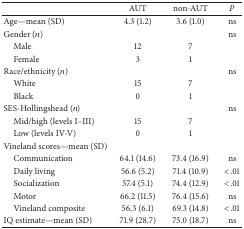
|  | AUT | non-AUT | P |
 | --- | --- | --- | --- |
 | Age—mean (SD) | 4.3 (1.2) | 3.6 (1.0) | ns |
 | Gender (n) |  |  | ns |
 | Male | 12 | 7 |  |
 | Female | 3 | 1 |  |
 | Race/ethnicity (n) |  |  | ns |
 | White | 15 | 7 |  |
 | Black | 0 | 1 |  |
 | SES-Hollingshead (n) |  |  | ns |
 | Mid/high (levels I–III) | 15 | 7 |  |
 | Low (levels IV-V) | 0 | 1 |  |
 | Vineland scores—mean (SD) |  |  |  |
 | Communication | 64.1 (14.6) | 73.4 (16.9) | ns |
 | Daily living | 56.6 (5.2) | 71.4 (10.9) | <.01 |
 | Socialization | 57.4 (5.1) | 74.4 (12.9) | <.01 |
 | Motor | 66.2 (11.5) | 76.4 (15.6) | ns |
 | Vineland composite | 56.3 (6.1) | 69.3 (14.8) | <.01 |
 | IQ estimate—mean (SD) | 71.9 (28.7) | 75.0 (18.7) | ns |